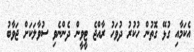
އެކަމާއި ގުޅޭ ގޮތުން ހުކުރު ދުވަހު ރާއްޖެ ޓީވީން ދެންނެވި ސުވާލަކަށް ޖަވާބު